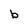
Character: b